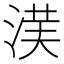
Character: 𱦰